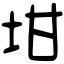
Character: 坩